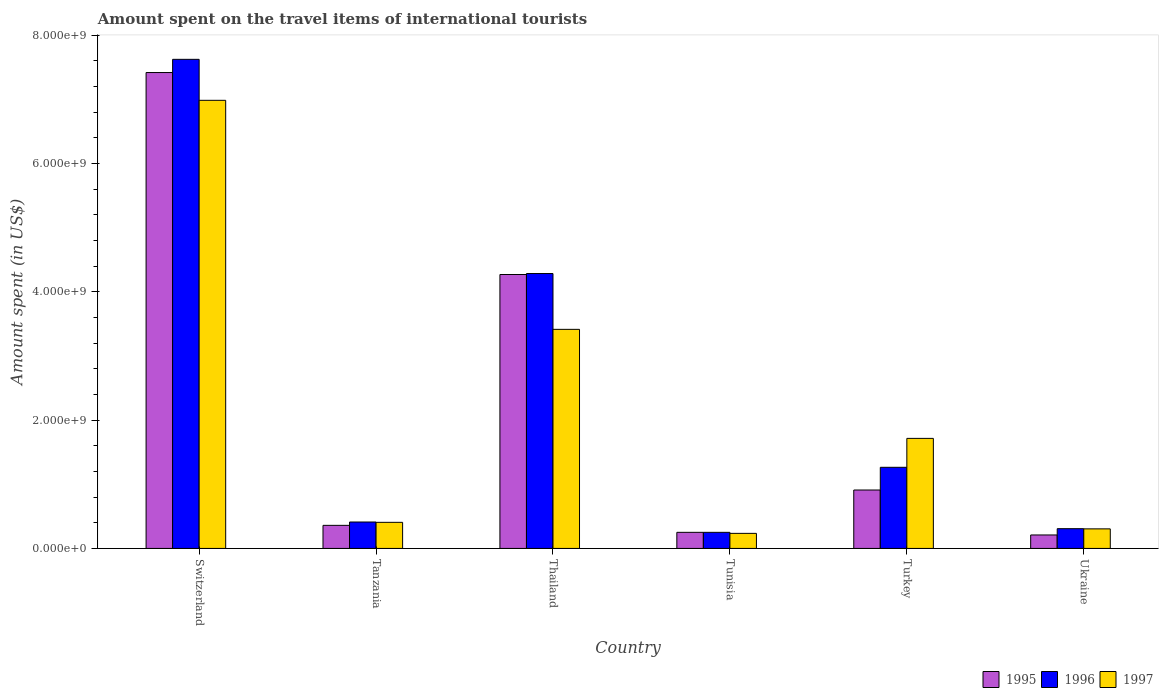
| Country | 1995 | 1996 | 1997 |
 | --- | --- | --- | --- |
 | Switzerland | 7.42e+09 | 7.63e+09 | 6.99e+09 |
 | Tanzania | 3.6e+08 | 4.12e+08 | 4.07e+08 |
 | Thailand | 4.27e+09 | 4.29e+09 | 3.42e+09 |
 | Tunisia | 2.51e+08 | 2.51e+08 | 2.35e+08 |
 | Turkey | 9.11e+08 | 1.26e+09 | 1.72e+09 |
 | Ukraine | 2.1e+08 | 3.08e+08 | 3.05e+08 |